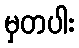
မှတပါး